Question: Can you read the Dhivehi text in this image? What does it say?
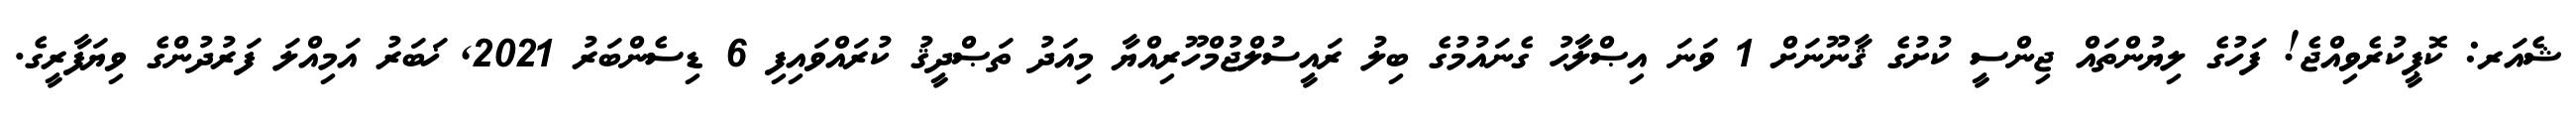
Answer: ޝެއަރ: ކޮޕީކުރެވިއްޖެ! ފަހުގެ ލިޔުންތައް ޖިންސީ ކުށުގެ ޤާނޫނަށް 1 ވަނަ އިޞްލާޙު ގެނައުމުގެ ބިލު ރައީސުލްޖުމްހޫރިއްޔާ މިއަދު ތަޞްދީޤު ކުރައްވައިފި 6 ޑިސެންބަރު 2021, ޚަބަރު އަމިއްލަ ފަރުދުންގެ ވިޔަފާރީގެ.